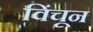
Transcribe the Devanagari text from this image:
विंचून